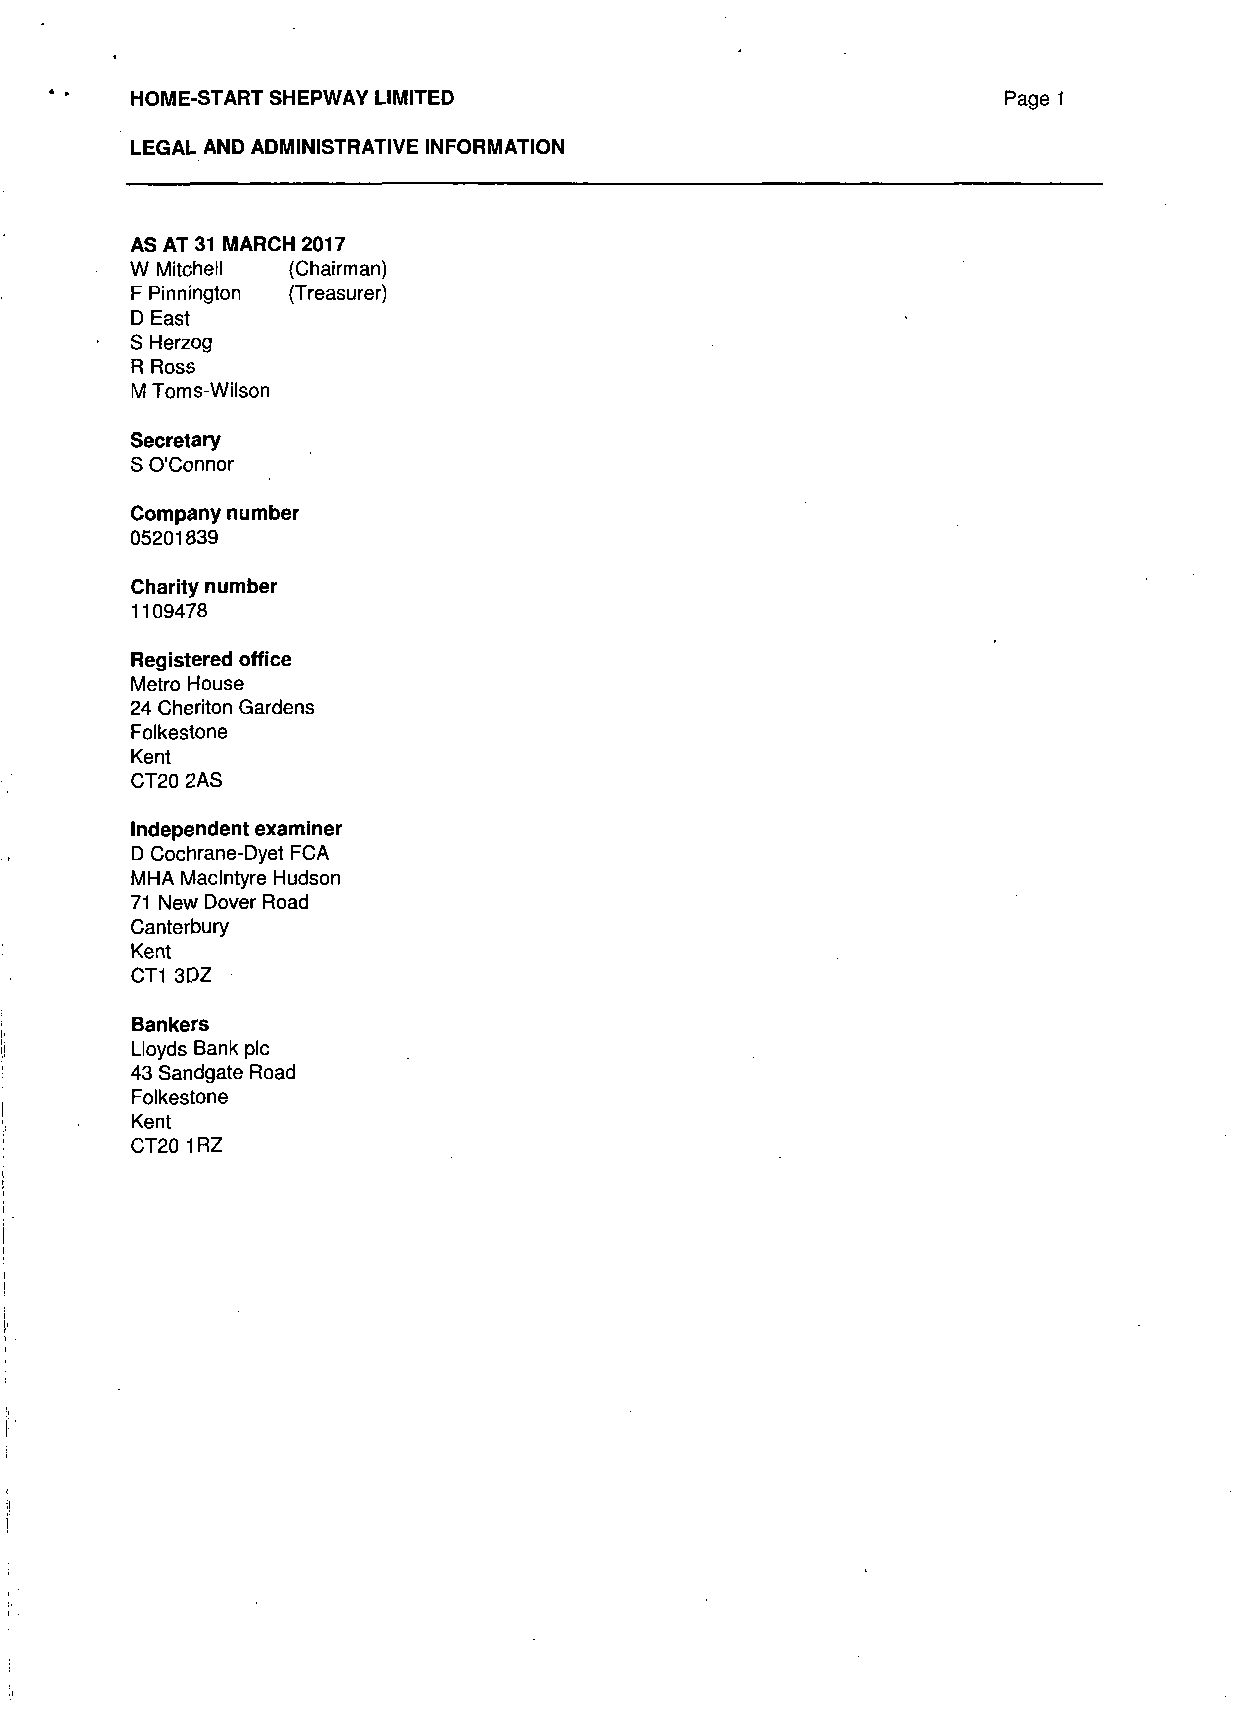
HOME-START SHEPWAY LIMITED                                Page 1
 LEGAL AND ADMINISTRATIVE INFORMATION
 AS AT 31 MARCH 2017
 W Mitchell (Chairman)
 F Pinnington (Treasurer)
 D East
 S Herzog
 R Ross
 M Toms-Wilson
 Secretary
 S O'Connor
 Company number
 05201839
 Charity number
 1109478
 Registered office
 Metro House
 24 Cheriton Gardens
 Folkestone
 Kent
 CT20 2AS
 Independent examiner
 D Cochrane-Dyet FCA
 MHA Maclntyre Hudson
 71 New Dover Road
 Canterbury
 Kent
 CT1 3DZ
 Bankers
 Lloyds Bank plc
 43 Sandgate Road
 Folkestone
 Kent
 CT20 1RZ